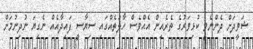
ޝަވީދަށް ދެންނެވީ ކުޅިވަރުގެ ތެރެއިން އެއްވެސް ހާލަތެއްގައި ސިޔާސީ ފައިދާއެއް ނެގިޔަ ނުދިނުމަށް